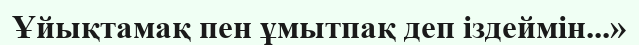
Ұйықтамақ пен ұмытпақ деп іздеймін...»